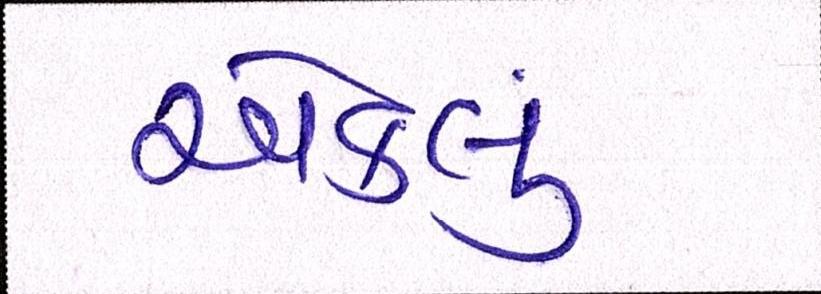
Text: એકલું